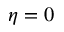
\eta = 0